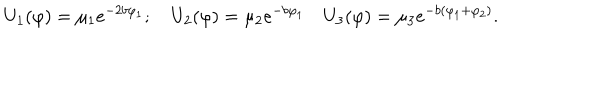
U _ { 1 } ( \varphi ) = \mu _ { 1 } e ^ { - 2 b \varphi _ { 1 } } ; \quad U _ { 2 } ( \varphi ) = \mu _ { 2 } e ^ { - b \varphi _ { 1 } } \quad U _ { 3 } ( \varphi ) = \mu _ { 3 } e ^ { - b ( \varphi _ { 1 } + \varphi _ { 2 } ) } .